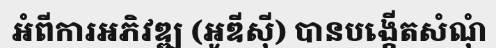
អំពីការអភិវឌ្ឍ (អូឌីស៊ី) បានបង្កើតសំណុំ